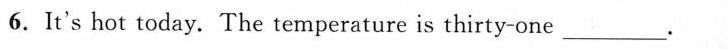
6.It's hot today. The temperature is thirty-one ___.